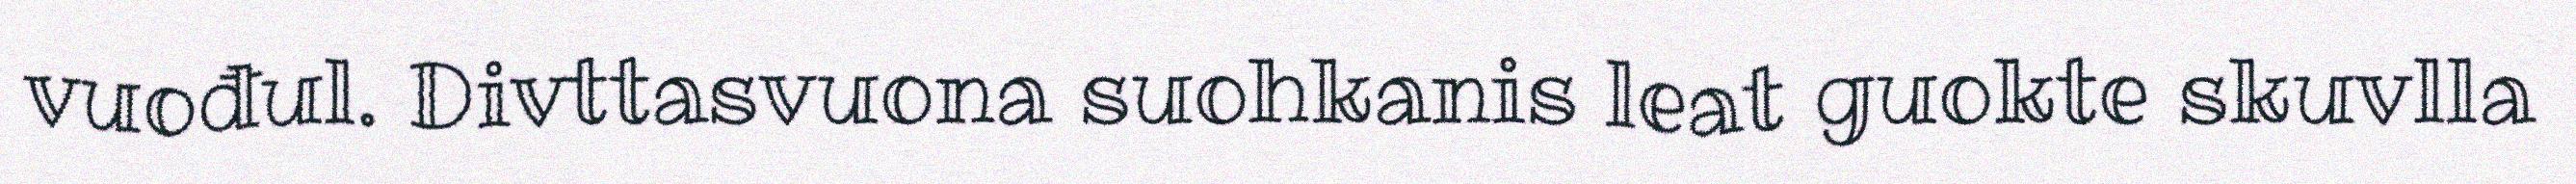
vuođul. Divttasvuona suohkanis leat guokte skuvlla